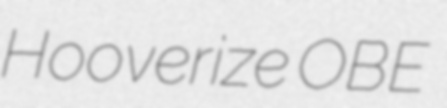
Hooverize OBE